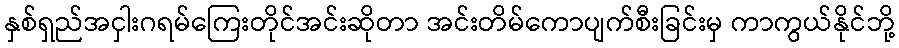
နှစ်ရှည်အငှါးဂရမ်ကြေးတိုင်အင်းဆိုတာ အင်းတိမ်ကောပျက်စီးခြင်းမှ ကာကွယ်နိုင်ဘို့